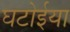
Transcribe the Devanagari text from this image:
घटोईया